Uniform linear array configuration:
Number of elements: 4
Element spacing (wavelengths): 0.5
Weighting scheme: blackman
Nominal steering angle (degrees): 30
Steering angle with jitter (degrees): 31.464
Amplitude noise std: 0.05
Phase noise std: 0.05

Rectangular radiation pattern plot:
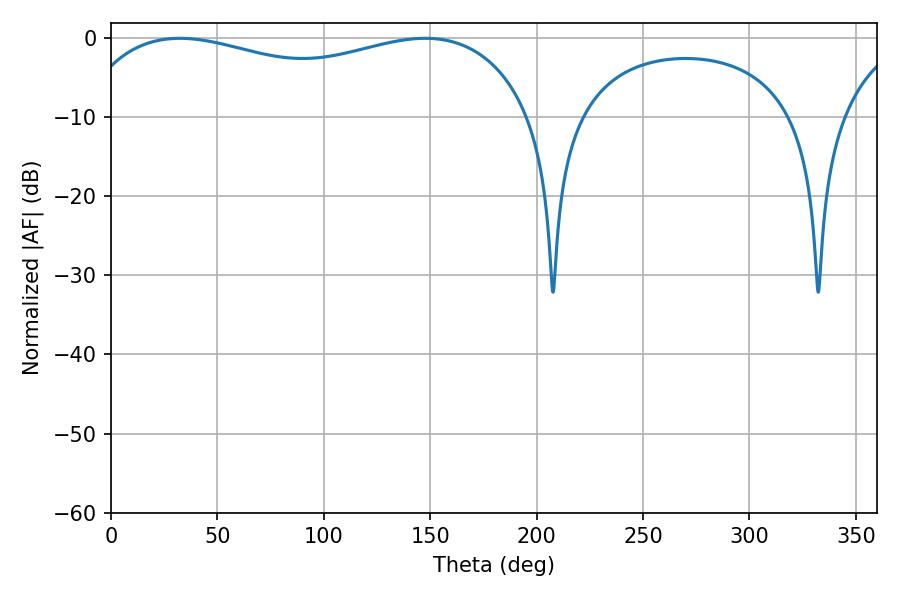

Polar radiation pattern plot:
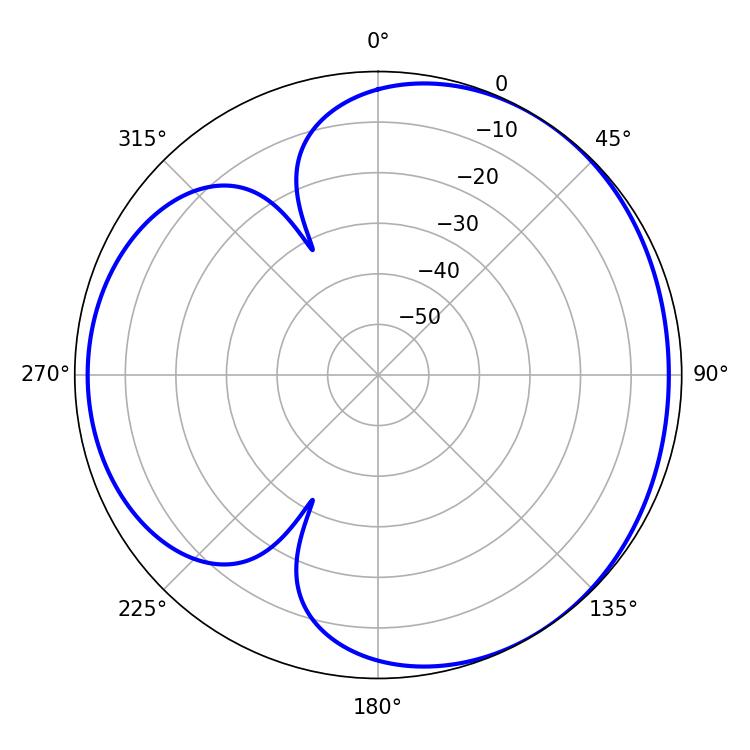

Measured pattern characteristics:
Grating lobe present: FALSE
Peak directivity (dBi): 3.526
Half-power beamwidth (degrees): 175.68
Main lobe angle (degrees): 32.4